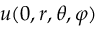
u ( 0 , r , \theta , \varphi )